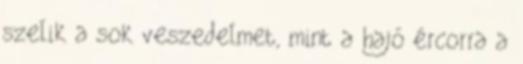
szelik a sok veszedelmet, mint a hajó ércorra a